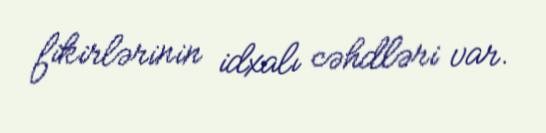
fikirlərinin idxalı cəhdləri var.